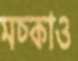
মচ্‌কাও